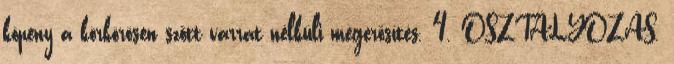
köpeny a körkörösen szõtt varrat nélküli megerõsítés. 4. OSZTÁLYOZÁS.